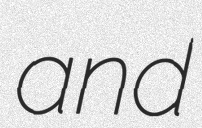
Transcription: and